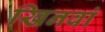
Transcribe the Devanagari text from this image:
खिनवां